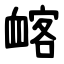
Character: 䘔